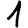
Digit: 1